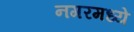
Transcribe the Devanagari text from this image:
नगरमध्ये